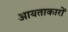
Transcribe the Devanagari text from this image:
आयताकारों